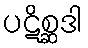
ပဋိစ္ဆဒါ